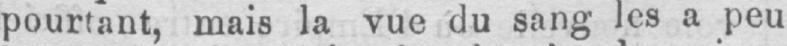
pourtant, mais la vue du sang les a peu